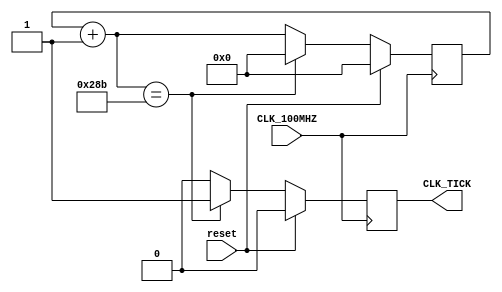
`timescale 1ns / 1ps
//////////////////////////////////////////////////////////////////////////////////
// Company: 
// Engineer: 
// 
// Design Name: 
// Module Name: baud_rate_gen
// Project Name: 
// Target Devices: 
// Tool Versions: 
// Description: 
// 
// Dependencies: 
// 
// Revision:
// Revision 0.01 - File Created
// Additional Comments:
// 
//////////////////////////////////////////////////////////////////////////////////


module baud_rate_gen(
	input CLK_100MHZ,
	input reset,	
	output reg CLK_TICK
);

parameter BAUD_RATE = 9600;
parameter CLK_RATE = 100000000;
localparam NUM_TICKS = 16;

parameter RATE_CLK_OUT = CLK_RATE / (BAUD_RATE * NUM_TICKS);
// parameter RATE_CLK_OUT = CLK_RATE / (BAUD_RATE * NUM_TICKS * 1000); // debug!
parameter LEN_ACUM = $clog2(RATE_CLK_OUT); 

reg [LEN_ACUM - 1 : 0] acumulator = 0;

always @(posedge CLK_100MHZ) 
begin
	if (reset)
		begin
			acumulator = 0;
			CLK_TICK = 0;
		end
	else
		begin			
			acumulator = acumulator + 1;
			
			if (acumulator == (RATE_CLK_OUT)) 
				begin
					CLK_TICK = 1;
					acumulator = 0;
				end
			else
			   CLK_TICK = 0;
		end
end

endmodule